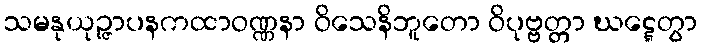
သမနုယုဉ္ဇာပနကထာဝဏ္ဏနာ ဝိသေနိဘူတော ဝိပုဗ္ဗတ္တာ ဃဋ္ဋေတွာ